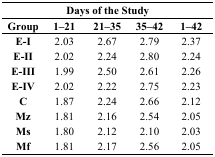
<table><thead><tr><td colspan="5"><b>Days of the Study</b></td></tr><tr><td><b>Group</b></td><td><b>1–21</b></td><td><b>21–35</b></td><td><b>35–42</b></td><td><b>1–42</b></td></tr></thead><tbody><tr><td><b>E-I</b></td><td>2.03</td><td>2.67</td><td>2.79</td><td>2.37</td></tr><tr><td><b>E-II</b></td><td>2.02</td><td>2.24</td><td>2.80</td><td>2.24</td></tr><tr><td><b>E-III</b></td><td>1.99</td><td>2.50</td><td>2.61</td><td>2.26</td></tr><tr><td><b>E-IV</b></td><td>2.02</td><td>2.22</td><td>2.75</td><td>2.23</td></tr><tr><td><b>C</b></td><td>1.87</td><td>2.24</td><td>2.66</td><td>2.12</td></tr><tr><td><b>Mz</b></td><td>1.81</td><td>2.16</td><td>2.54</td><td>2.05</td></tr><tr><td><b>Ms</b></td><td>1.80</td><td>2.12</td><td>2.10</td><td>2.03</td></tr><tr><td><b>Mf</b></td><td>1.81</td><td>2.17</td><td>2.56</td><td>2.05</td></tr></tbody></table>